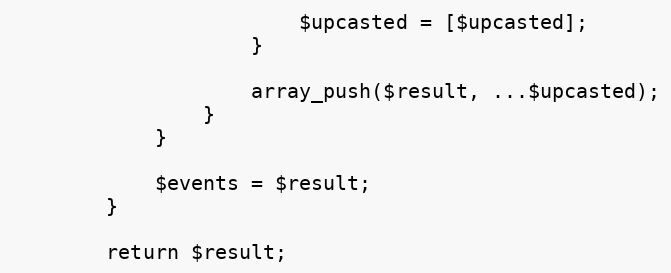
Language: PHP
                        $upcasted = [$upcasted];
                    }

                    array_push($result, ...$upcasted);
                }
            }

            $events = $result;
        }

        return $result;